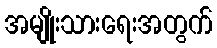
အမျိုးသားရေးအတွက်